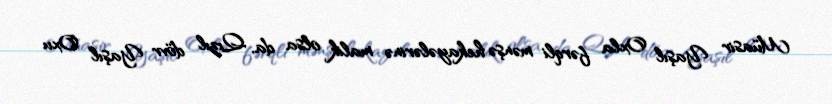
Müasir Yaşıl Oxla fərqli mənşə hekayələrinə malik olsa da, Qızıl dövr Yaşıl Oxu